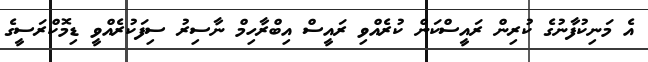
އެ މަނިކުފާނުގެ ކުރިން ރައީސްކަން ކުރެއްވި ރައީސް އިބްރާހިމް ނާސިރު ސިފަކުރެއްވީ ޑިމޮކްރަސީގެ